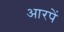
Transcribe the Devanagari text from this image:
आरपें